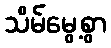
သိမ်မွေ့စွာ